Report of the Indian Hemp Drugs Commission, 1894-1895 - Volume VI
Year: 1894
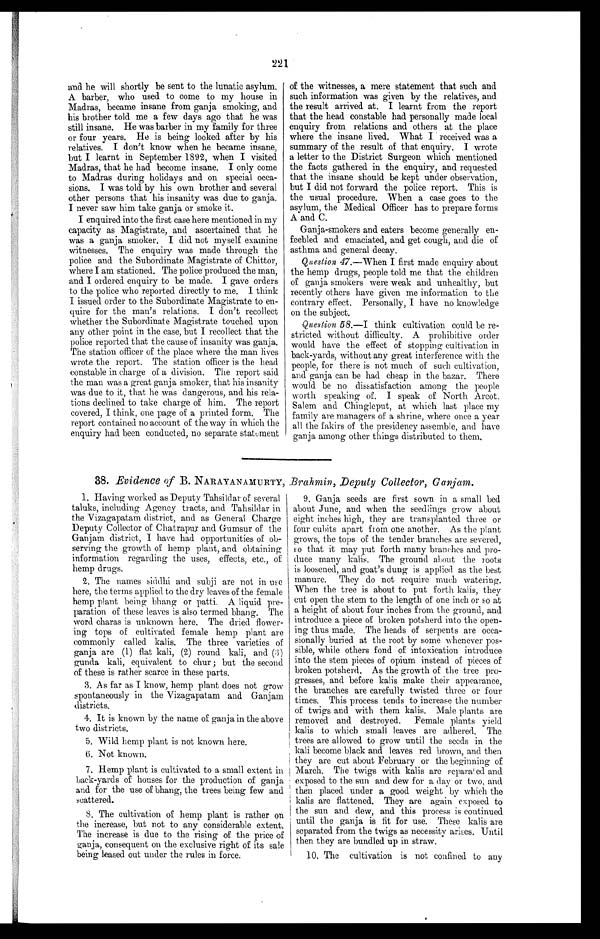
221
and he will shortly be sent to the lunatic asylum.
A barber, who used to come to my house in
Madras, became insane from ganja smoking, and
his brother told me a few days ago that he was
still insane. He was barber in my family for three
or four years. He is being looked after by his
relatives. I don't know when he became insane,
but I learnt in September 1892, when I visited
Madras, that he had become insane. I only come
to Madras during holidays and on special occa-
sions. I was told by his own brother and several
other persons that his insanity was due to ganja.
I never saw him take ganja or smoke it.
I enquired into the first case here mentioned in my
capacity as Magistrate, and ascertained that he
was a ganja smoker. I did not myself examine
witnesses. The enquiry was made through the
police and the Subordinate Magistrate of Chittor,
where I am stationed. The police produced the man,
and I ordered enquiry to be made. I gave orders
to the police who reported directly to me. I think
I issued order to the Subordinate Magistrate to en-
quire for the man's relations. I don't recollect
whether the Subordinate Magistrate touched upon
any other point in the case, but I recollect that the
police reported that the cause of insanity was ganja.
The station officer of the place where the man lives
wrote the report. The station officer is the head
constable in charge of a division. The report said
the man was a great ganja smoker, that his insanity
was due to it, that he was dangerous, and his rela-
tions declined to take charge of him. The report
covered, I think, one page of a printed form. The
report contained no account of the way in which the
enquiry had been conducted, no separate statement
of the witnesses, a mere statement that such and
such information was given by the relatives, and
the result arrived at. I learnt from the report
that the head constable had personally made local
enquiry from relations and others at the place
where the insane lived. What I received was a
summary of the result of that enquiry. I wrote
a letter to the District Surgeon which mentioned
the facts gathered in the enquiry, and requested
that the insane should be kept under observation,
but I did not forward the police report. This is
the usual procedure, When a case goes to the
asylum, the Medical Officer has to prepare forms
A and C.
Ganja-smokers and eaters become generally en-
feebled and emaciated, and get cough, and die of
asthma and general decay.
Question 47.—When I first made enquiry about
the hemp drugs, people told me that the children
of ganja smokers were weak and unhealthy, but
recently others have given me information to the
contrary effect. Personally, I have no knowledge
on the subject.
Question 58.—I think cultivation could be re-
stricted without difficulty. A prohibitive order
would have the effect of stopping cultivation in
back-yards, without any great interference with the
people, for there is not much of such cultivation,
and ganja can be had cheap in the bazar. There
would be no dissatisfaction among the people
worth speaking of. I speak of North Arcot,
Salem and Chingleput, at which last place my
family are managers of a shrine, where once a year
all the fakirs of the presidency assemble, and have
ganja among other things distributed to them.
38. Evidence of B. NARAYANAMURTY, Brahmin, Deputy Collector, Ganjam.
1. Having worked as Deputy Tahsildar of several
taluks, including Agency tracts, and Tahsildar in
the Vizagapatam district, and as General Charge
Deputy Collector of Chatrapur and Gumsur of the
Ganjam district, I have had opportunities of ob-
serving the growth of hemp plant, and obtaining
information regarding the uses, effects, etc., of
hemp drugs.
2. The names siddhi and subji are not in use
here, the terms applied to the dry leaves of the female
hemp plant being bhang or Patti. A liquid pre-
paration of these leaves is also termed bhang. The
word charas is unknown here. The dried flower-
ing tops of cultivated female hemp plant are
commonly called kalis. The three varieties of
ganja are (1) flat kali, (2) round kali, and (3)
gunda kali, equivalent to chur ; but the second
of these is rather scarce in these parts.
3. As far as I know, hemp plant does not grow
spontaneously in the Vizagapatam and Ganjam
districts.
4. It is known by the name of ganja in the above
two districts.
5 .
Wild hemp plant is not known here.
6 .
Not known.
7. Hemp plant is cultivated to a small extent in
back-yards of houses for the production of ganja
and for the use of bhang, the trees being few and
scattered.
8. The cultivation of hemp plant is rather on
the increase, but not to any considerable extent.
The increase is due to the rising of the price of
ganja, consequent on the exclusive right of its sale
being leased out under the rules in force.
9. Ganja seeds are first sown in a small bed
about June, and when the seedlings grow about
eight inches high, they are transplanted three or
four cubits apart from one another. As the plant
grows, the tops of the tender branches are severed,
so that it may put forth many branches and pro-
duce many kalis. The ground about the roots
is loosened, and goat's dung is applied as the best
manure. They do not require much watering.
When the tree is about to put forth kalis, they
cut open the stem to the length of one inch or so at
a height of about four inches from the ground, and
introduce a piece of broken potsherd into the open-
ing thus made. The heads of serpents are occa-
sionally buried at the root by some whenever pos-
sible, while others fond of intoxication introduce
into the stem pieces of opium instead of pieces of
broken potsherd. As the growth of the tree pro-
gresses, and before kalis make their appearance,
the branches are carefully twisted three or four
times. This process tends to increase the number
of twigs and with them kalis. Male plants are
removed and destroyed. Female plants yield
kalis to which small leaves are adhered. The
trees are allowed to grow until the seeds in the
kali become black and leaves red brown, and then
they are cut about February or the beginning of
March. The twigs with kalis are separated and
exposed to the sun and dew for a day or two, and.
then placed under a good weight by which the
kalis are flattened. They are again exposed to
the sun and dew, and this process is continued
until the ganja is fit for use. These kalis are
separated from the twigs as necessity arises. Until
then they are bundled up in straw.
10. The cultivation is not confined to any